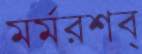
মর্মরশব্